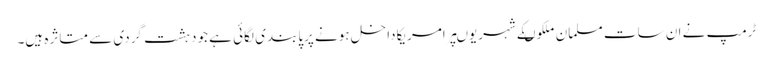
ٹرمپ نے ان سات مسلمان ملکوںکے شہریوںپرامریکاداخل ہونے پرپابندی لگائی ہے جودہشت گردی سے متاثرہ ہیں۔